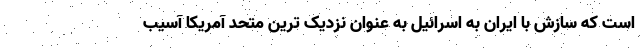
است که سازش با ایران به اسرائیل به عنوان نزدیک ترین متحد آمریکا آسیب